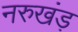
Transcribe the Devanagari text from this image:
नरुखंड़